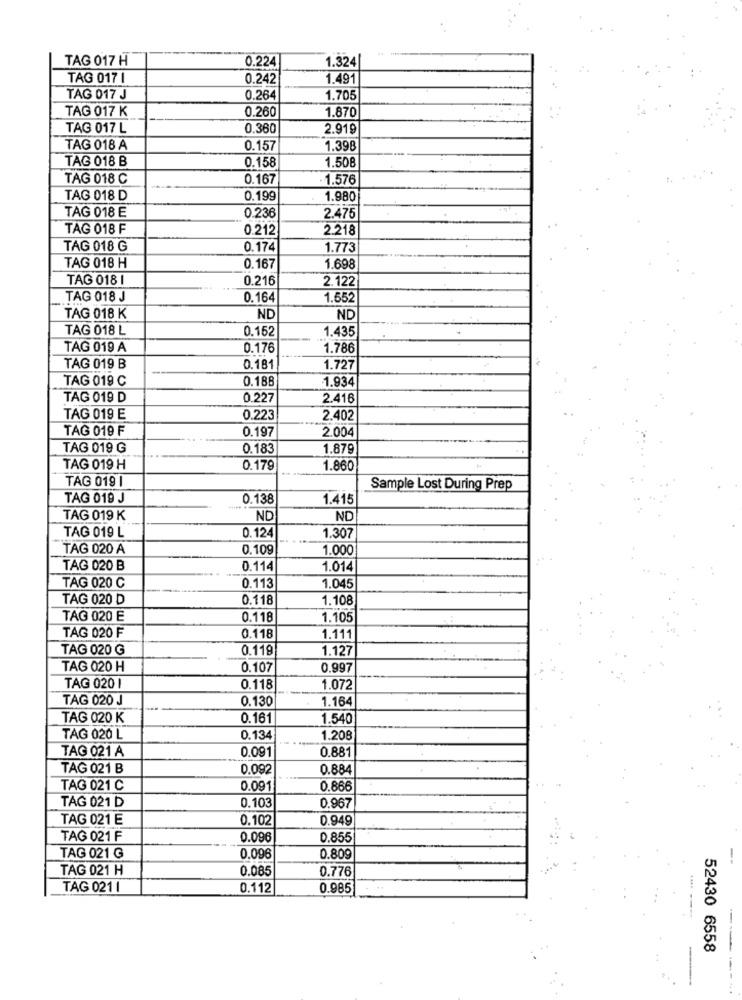
TAG 017 H
0.224
1.324
TAG 017 I
0.242
1.49
TAG 017 J
0.264
1.705
TAG 017 K
0.260
1.870
TAG 017 L
0.360
2.919
TAG 018 A
0.157
1.398
TAG 018 B
0.158
1.508
TAG 018 C
0.167
· 1.576
TAG 018 D
0.199
1.980
TAG 018 E
0.236
2.475
TAG 018 F
0.212
2.218
TAG 018 G
0.174
1.773
TAG 018 H
0.167
1.698
TAG 018 I
0.216
2.122
TAG 018 J
0.164
1.552
TAG 018 K
ND
ND
TAG 018 L
0.152
1.435
TAG 019 A
0.176
1.786
TAG 019 B
0.181
1.727
TAG 019 C
0.188
1.934
TAG 019 D
0.227
2.416
TAG 019 E
0.223
2.402
TAG 019 F
0.197
2.004
TAG 019 G
0.183
1.879
TAG 019 H
0.179
1.860
TAG 019 1
Sample Lost During Prep
TAG 019 J
0.138
1.415
TAG 019 K
ND
ND
TAG 019 L
0.124
1.307
TAG 020 A
0.109
1.000
TAG 020 B
0.114
1.014
TAG 020 C
0.113
1.045
TAG 020 D
0.118
1.108
TAG 020 E
0.118
1.105
TAG 020 F
0.118
1.111
TAG 020 G
0.119
1.127
TAG 020 H
0.107
0.997
TAG 020 1
0.118
1.072
TAG 020 J
0.130
1.164
TAG 020 K
0.161
1.540
TAG 020 L
0.134
1.208
TAG 021 A
0.091
0.881
TAG 021 B
0.092
0.884
TAG 021 C
0.09
0.866
TAG 021 D
0.103
0.967
TAG 021 E
0.102
0.949
TAG 021 F
0.096
0.855
TAG 021 G
0.096
0.809
TAG 021 H
0.085
0.776
TAG 021 1
0.112
0.985
52430 6558